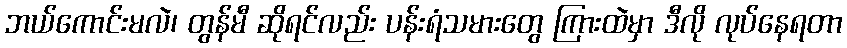
ဘယ်ကောင်းမလဲ၊ တွန်မီ ဆိုရင်လည်း ပန်းရံသမားတွေ ကြားထဲမှာ ဒီလို လုပ်နေရတာ